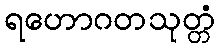
ရဟောဂတသုတ္တံ